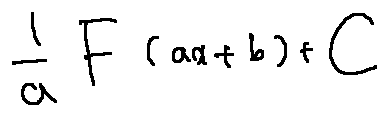
\frac { 1 } { a } F ( a x + b ) + C